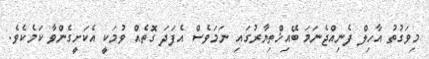
މިވަގުތު އާހިލް ފެނިއްޖެނަމަ ބޭއިޚްތިޔާރުގައި ނަމަވެސް އެފަދަ ގޮތެއް ވުމަކީ އެކަށީގެންވާ ކަމެކެވެ.